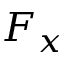
F _ { x }